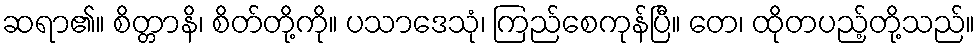
ဆရာ၏။ စိတ္တာနိ၊ စိတ်တို့ကို။ ပသာဒေသုံ၊ ကြည်စေကုန်ပြီ။ တေ၊ ထိုတပည့်တို့သည်။